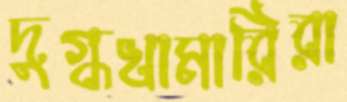
দুগ্ধখামারিরা